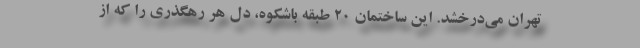
تهران می‌درخشد. این ساختمان 20 طبقه باشکوه، دل هر رهگذری را که از